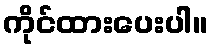
ကိုင်ထားပေးပါ။